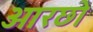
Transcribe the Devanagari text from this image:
ओरछो